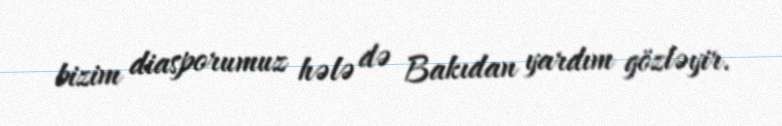
bizim diasporumuz hələ də Bakıdan yardım gözləyir.